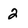
Character: 2